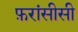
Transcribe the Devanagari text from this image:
फ़रांसीसी